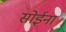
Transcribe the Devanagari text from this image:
सोईना